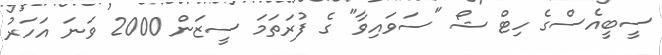
ސީބީއެސްގެ ހިޓް ޝޯ "ސަވައިވާ" ގެ ފުރަތަމަ ސީޒަން 2000 ވަނަ އަހަރު